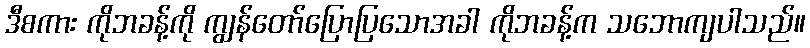
ဒီစကား ကိုဘခန့်ကို ကျွန်တော်ပြောပြသောအခါ ကိုဘခန့်က သဘောကျပါသည်။